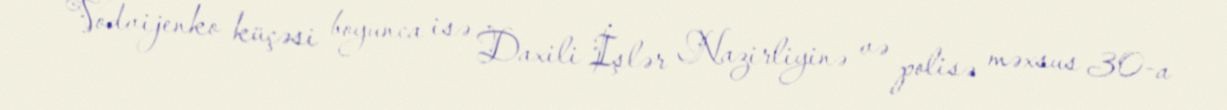
Vodvijenko küçəsi boyunca isə Daxili İşlər Nazirliyinə və polisə məxsus 30-a